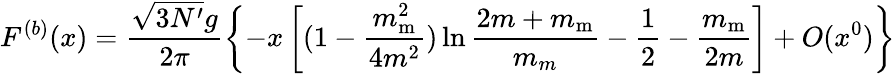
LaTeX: F^{(b)}(x)=\frac{\sqrt{3N^{\prime}}g}{2\pi}\left\{ -x\left[(1-\frac{m_{\mathrm m}^{2}}{4m^{2}})\ln\frac{2m+m_{\mathrm m}}{m_{m}}-\frac 12-\frac{m_{\mathrm m}}{2m}\right]+O(x^{0})\right\}